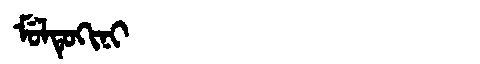
Manchu: ᠮᡠᠯᡨᡠᡴᡳᠨᡳ
Romanization: MULTUKINI